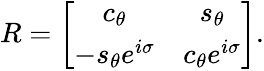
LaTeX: R=\left[\begin{array}{cc}{{c_{\theta}}}&{{s_{\theta}}}\\ {{-s_{\theta}e^{i\sigma}}}&{{c_{\theta}e^{i\sigma}}}\end{array}\right].